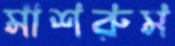
মাশরুম